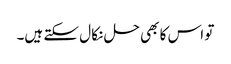
تو اس کا بھی حل نکا ل سکتے ہیں۔